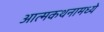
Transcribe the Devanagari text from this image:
आत्मकथनामध्ये